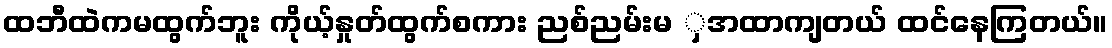
ထဘီထဲကမထွက်ဘူး ကိုယ့်နှုတ်ထွက်စကား ညစ်ညမ်းမ ှအထာကျတယ် ထင်နေကြတယ်။